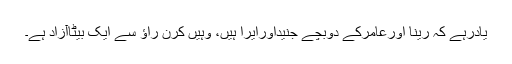
یادرہے کہ رینا اورعامرکے دوبچے جنیداورایرا ہیں، وہیں کرن راؤ سے ایک بیٹاآزاد ہے۔